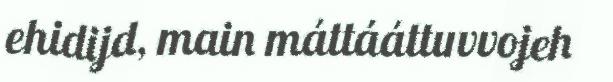
ehidijd, main máttááttuvvojeh